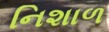
નિશાળ